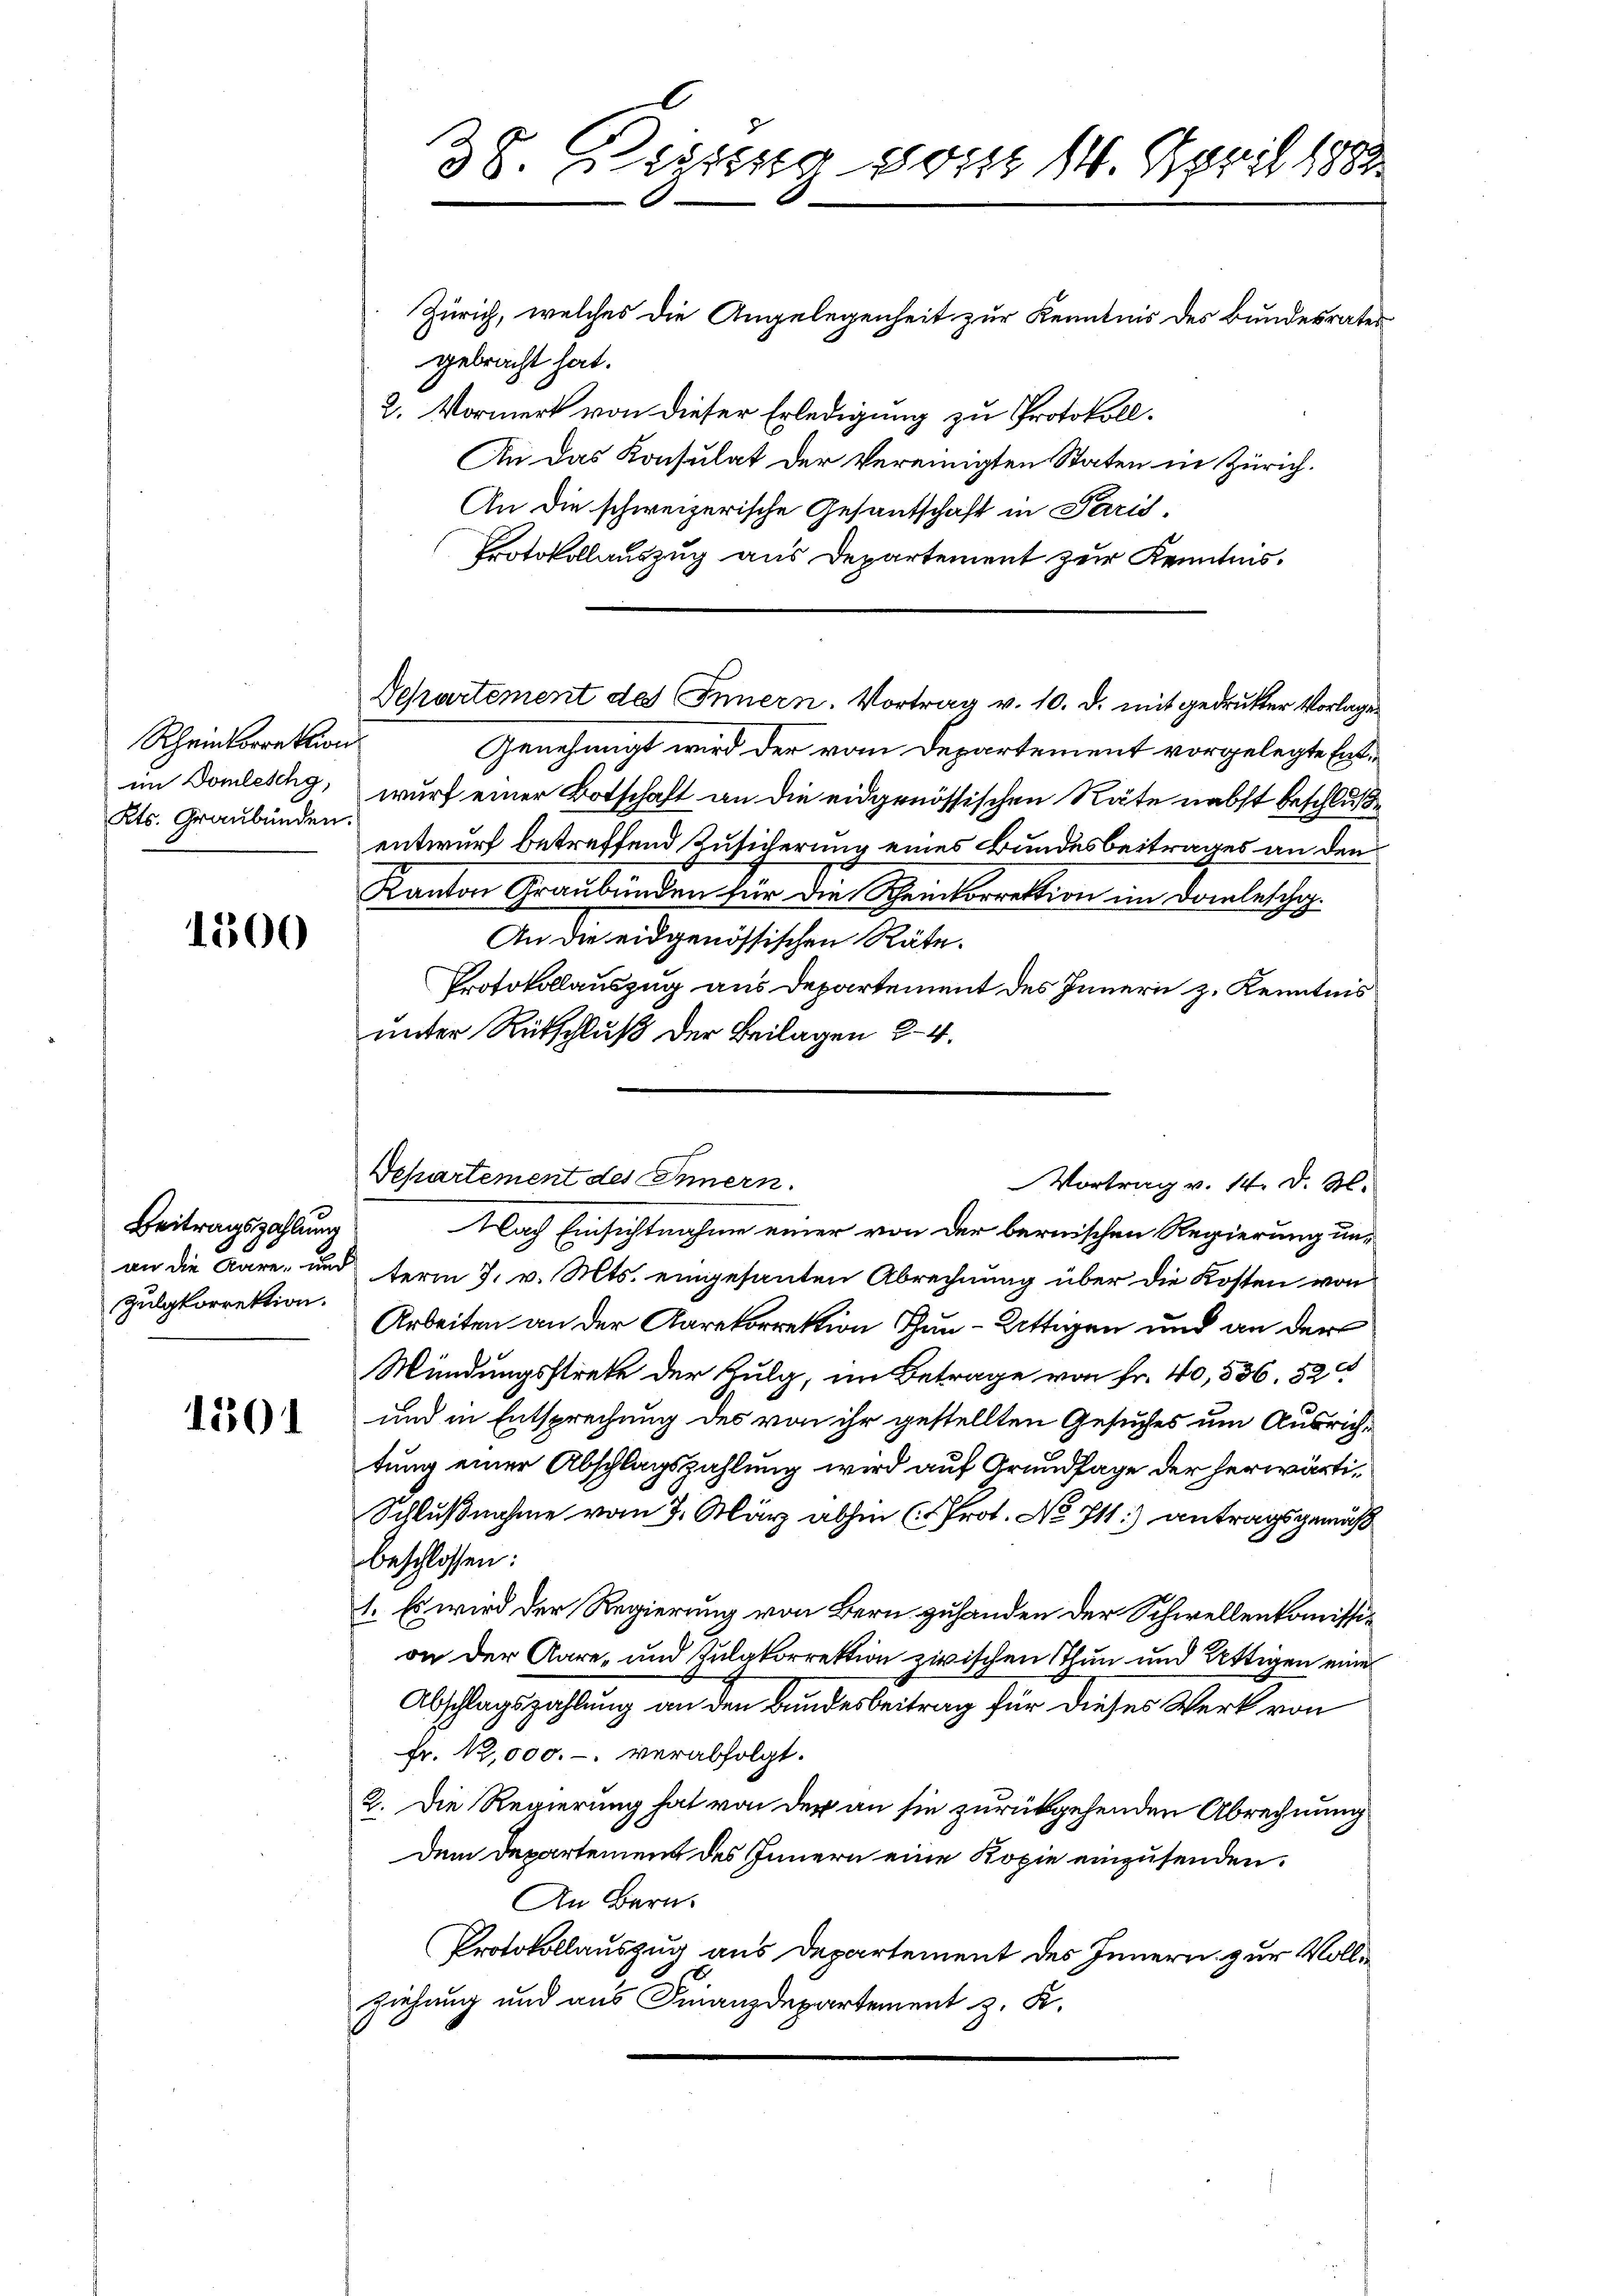
Rheinkorrektion
Kts. Graubünden.

1500

Beitragszahlung
an die Gare, und
Zulgkorrektion.

1501

Zürich, welches die Angelegenheit zur Kenntnis des Bundesrater
gebracht hat.
2. Vormerk von dieser Erledigung zu Protokoll.
An das Konsulat der Vereinigten Staten in Zürich.
An die schweizerische Gesantschaft in Paris,
Protokollauszug aus Departement zur Kenntnis¬

38. Diszig vom 14. April 1882

Genehmigt wird der vom Departement vorgelegte Entim Domleschy, wurf einer Botschaft an die eidgenössischen Räte nebst beschluße
entwurf betreffend Zusicherung eines Bundesbeitrages an den
Kanton Graubünden für die Scheinkorrektion im Domleschi
An die eidgenössischen Räte.
Protokollauszug aus Departement des Innern z. Kenntnis
unter Rückschluß der Beilagen 24.
Nach Einsichtnahme einer von der bernischen Regierung unterm 7. v. Mts. eingesanten Abrechnung über die Kosten von
Arbeiten an der Aarekorrektion Tun-Attigen und an der
Mündungsstrete der Zulg, im Betrage von Fr. 40, 536. 52
und in Entsprechung des von ihr gestellten Gesuches um Ausrichtung einer Abschlagszahlung wird auf Grundlage der herwärti¬
Schlußnahme vom 7. März abhin (Prot. No 711.) Antragsgemäß
beschlossen:
1. Es wird der Regierung von Bern zuhanden der Schwellenkomission der Aare- und Zulgkorrektion zwischen Thun und Attigen eine
Abschlagszahlung an den Bundesbeitrag für dieses Werk von
fr. 12,000.-. verabfolgt.
2. Die Regierung hat von der an sie zurückgehenden Abrechnung
dem Departement des Innern eine Kopie einzusenden.
An Bern.
Protokollauszug aus Departement des Innern zur Vollziehung und aus Finanzdepartement z. K.

Departement des Innern. Vortrag v. 10. d. mit gedruckter Vorlage

Departement des Innern.
Vortrag v. 14. d. M.